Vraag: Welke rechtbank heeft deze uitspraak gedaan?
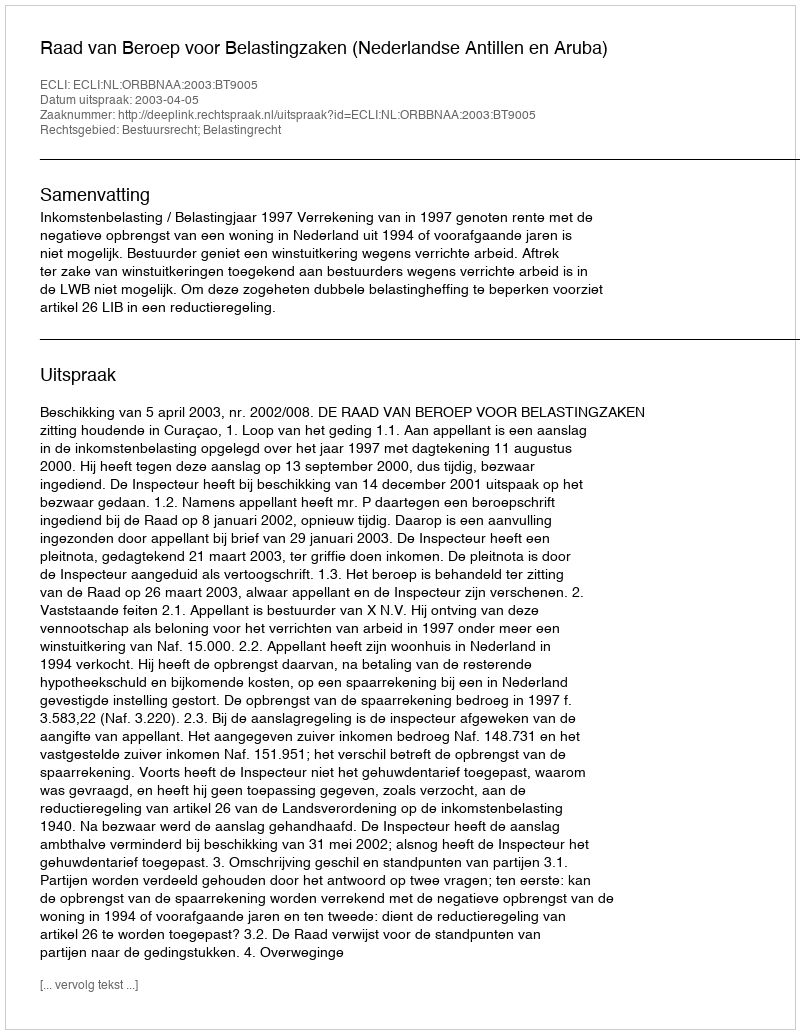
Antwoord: Raad van Beroep voor Belastingzaken (Nederlandse Antillen en Aruba)